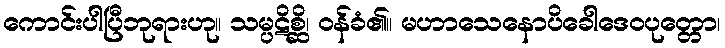
ကောင်းပါပြီဘုရားဟု။ သမ္ပဋိစ္ဆိ၊ ဝန်ခံ၏။ မဟာသေနောပိခေါဒေဝပုတ္တော၊